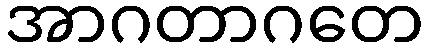
အာဂတာဂတေ